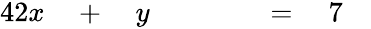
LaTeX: \begin{array}{rlrlrlrl}{{4}2x}&{{}{}+{}}&{y}&{{}\quad}&{}&{{}{}={}}&{7}&{{}}\end{array}